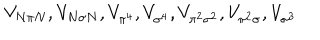
V _ { N \pi N } , V _ { N \sigma N } , V _ { \pi ^ { 4 } } , V _ { \sigma ^ { 4 } } , V _ { \pi ^ { 2 } \sigma ^ { 2 } } , V _ { \pi ^ { 2 } \sigma } , V _ { \sigma ^ { 3 } }